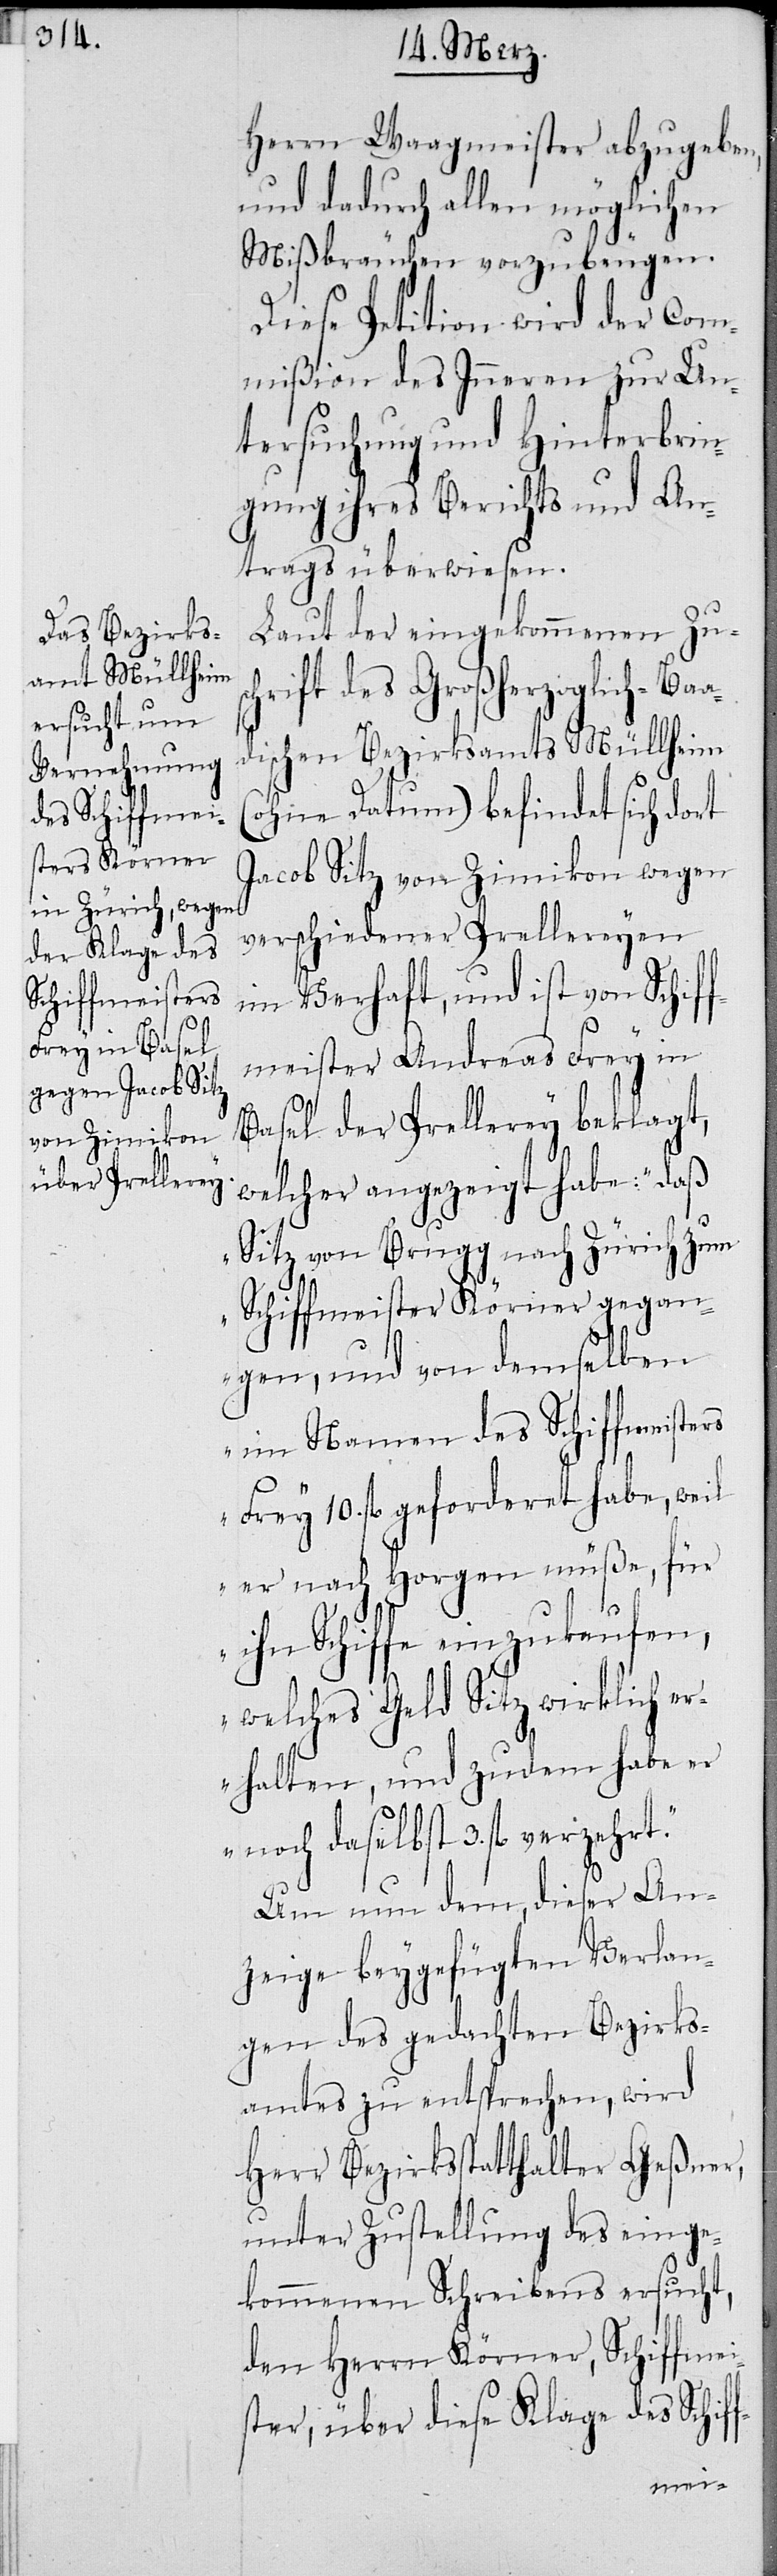
Herrn Waagmeister abzugeben,
und dadurch allen möglichen
Mißbräuchen vorzubeugen.
Diese Petition wird der Com¬
mißion des Inneren zur Un¬
tersuchung und Hinterbrin¬
gung ihres Berichts und An¬
trags überwiesen.
Laut der eingekommenen Zusc¬
hrift des Großherzoglich-Baa¬
dischen Bezirksamts Müllheim
(ohne Datum) befindet sich dort
Jacob Sitz von Zimikon wegen
verschiedener Prellereyen
im Verhaft, und ist von Schif¬
fmeister Andreas Frey in
Basel der Prellerey beklagt,
welcher angezeigt habe: „daß
Sitz von Brugg nach Zürich zum
Schiffmeister Körner gegan¬
gen, und von demselben
im Namen des Schiffmeisters
Frey 10. fl. geforderet habe, weil
er nach Horgen müße, für
ihn Schiffe einzukaufen,
welches Geld Sitz wirklich er¬
halten, und zudem habe er
noch daselbst 3. fl.
Um nun dem, dieser An¬
zeige beygefügten Verlan¬
gen des gedachten Bezirks¬
amtes zu entsprechen, wird
Herr Bezirksstatthalter Geßner,
unter Zustellung des einge¬
kommenen Schreibens ersucht,
den Herrn Körner, Schiffmei¬
ster, über diese Klage des Schif¬
f-